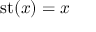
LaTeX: \operatorname { s t } ( x ) = x